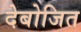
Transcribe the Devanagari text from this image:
देबोजित